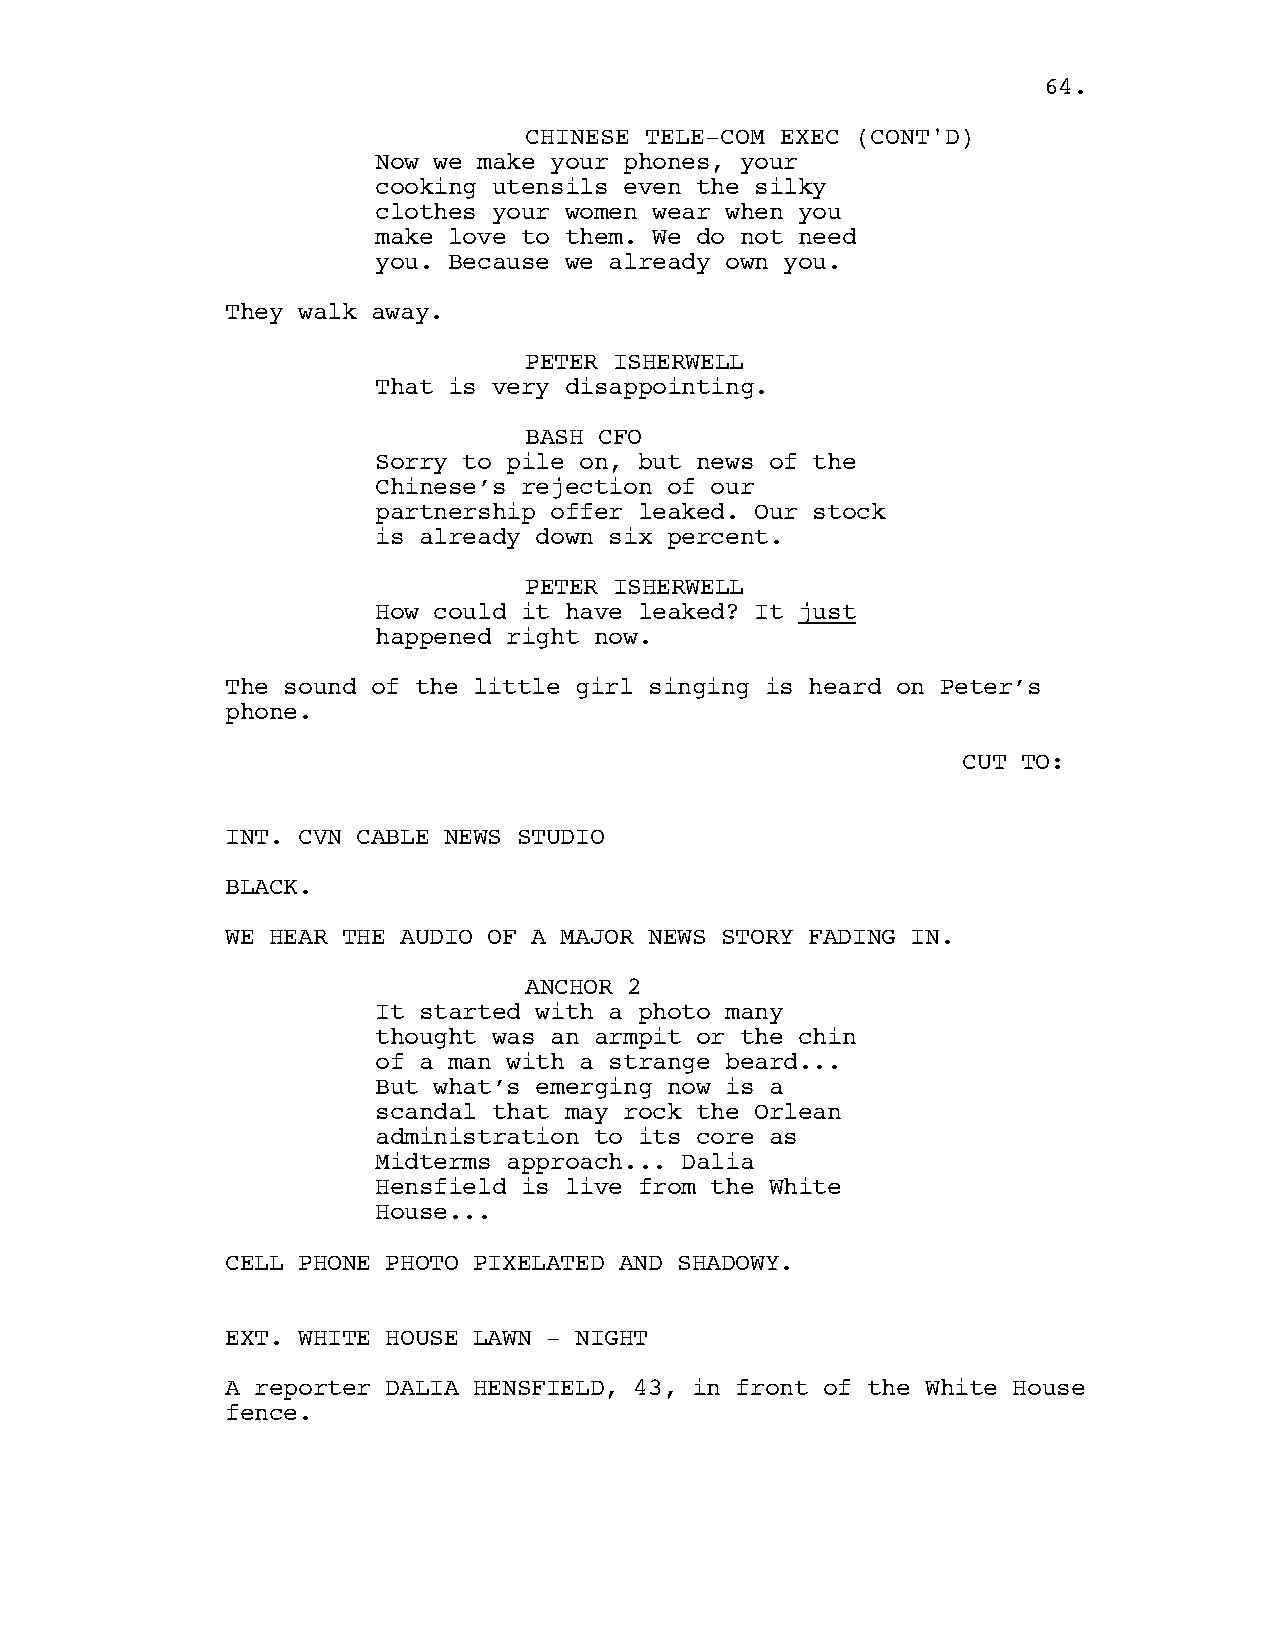
6644..
 CCHHIINNEESSEE TTEELLEE--CCOOMM EEXXEECC ((CCOONNTT''DD))
 Now we make your phones, your
 cooking utensils even the silky
 clothes your women wear when you
 make love to them. We do not need
 you. Because we already own you.
 They walk away.
 PETER ISHERWELL
 That is very disappointing.
 BASH CFO
 Sorry to pile on, but news of the
 Chinese’s rejection of our
 partnership offer leaked. Our stock
 is already down six percent.
 PETER ISHERWELL
 How could it have leaked? It just
 happened right now.
 The sound of the little girl singing is heard on Peter’s
 phone.
 CUT TO:
 INT. CVN CABLE NEWS STUDIO
 BLACK.
 WE HEAR THE AUDIO OF A MAJOR NEWS STORY FADING IN.
 ANCHOR 2
 It started with a photo many
 thought was an armpit or the chin
 of a man with a strange beard...
 But what’s emerging now is a
 scandal that may rock the Orlean
 administration to its core as
 Midterms approach... Dalia
 Hensfield is live from the White
 House...
 CELL PHONE PHOTO PIXELATED AND SHADOWY.
 EXT. WHITE HOUSE LAWN - NIGHT
 A reporter DALIA HENSFIELD, 43, in front of the White House
 fence.